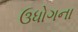
ઉધોગના